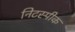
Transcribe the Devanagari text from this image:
निटस्पीक